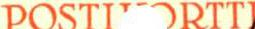
POSTI-ORTTI